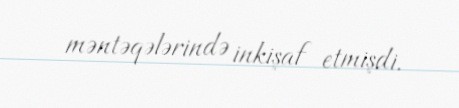
məntəqələrində inkişaf etmişdi.